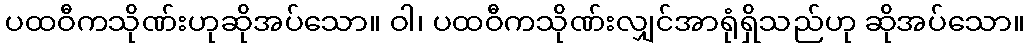
ပထဝီကသိုဏ်းဟုဆိုအပ်သော။ ဝါ၊ ပထဝီကသိုဏ်းလျှင်အာရုံရှိသည်ဟု ဆိုအပ်သော။